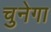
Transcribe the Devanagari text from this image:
चुनेगा